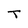
Character: T